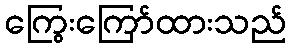
ကြွေးကြော်ထားသည်